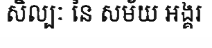
សិល្បៈ នៃ សម័យ អង្គរ